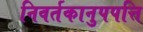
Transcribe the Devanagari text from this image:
निवर्तकानुपपत्ति